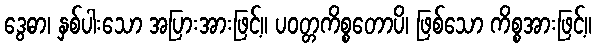
ဒွေဓာ၊ နှစ်ပါးသော အပြားအားဖြင့်။ ပဝတ္တကိစ္စတောပိ၊ ဖြစ်သော ကိစ္စအားဖြင့်။